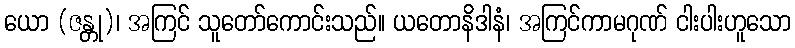
ယော (ဇန္တု)၊ အကြင် သူတော်ကောင်းသည်။ ယတောနိဒါနံ၊ အကြင်ကာမဂုဏ် ငါးပါးဟူသော